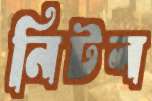
নিটল